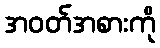
အဝတ်အစားကို